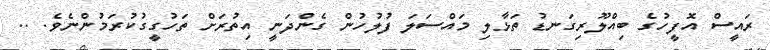
ރައީސް އޮފީހުގެ ބިއްލޫރިގަނޑު ތަޅާލި މައްސަލަ ފުލުހުން ގެންދަނީ އިތުރަށް ތަހުގީގުކުރަމުންނެވެ. ..